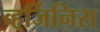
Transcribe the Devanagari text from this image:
व्हर्जिनिस